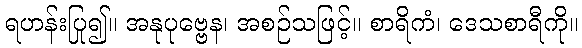
ရဟန်းပြု၍။ အနုပုဗ္ဗေန၊ အစဉ်သဖြင့်။ စာရိကံ၊ ဒေသစာရီကို။